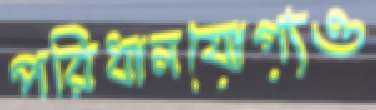
পরিধানযোগ্যও